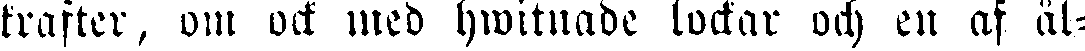
krafter, om ock med hwitnade lockar och en af ål-